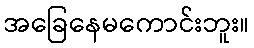
အခြေနေမကောင်းဘူး။